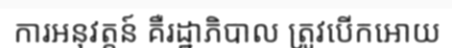
ការអនុវត្តន៍ គឺរដ្ឋាភិបាល ត្រូវបើកអោយ